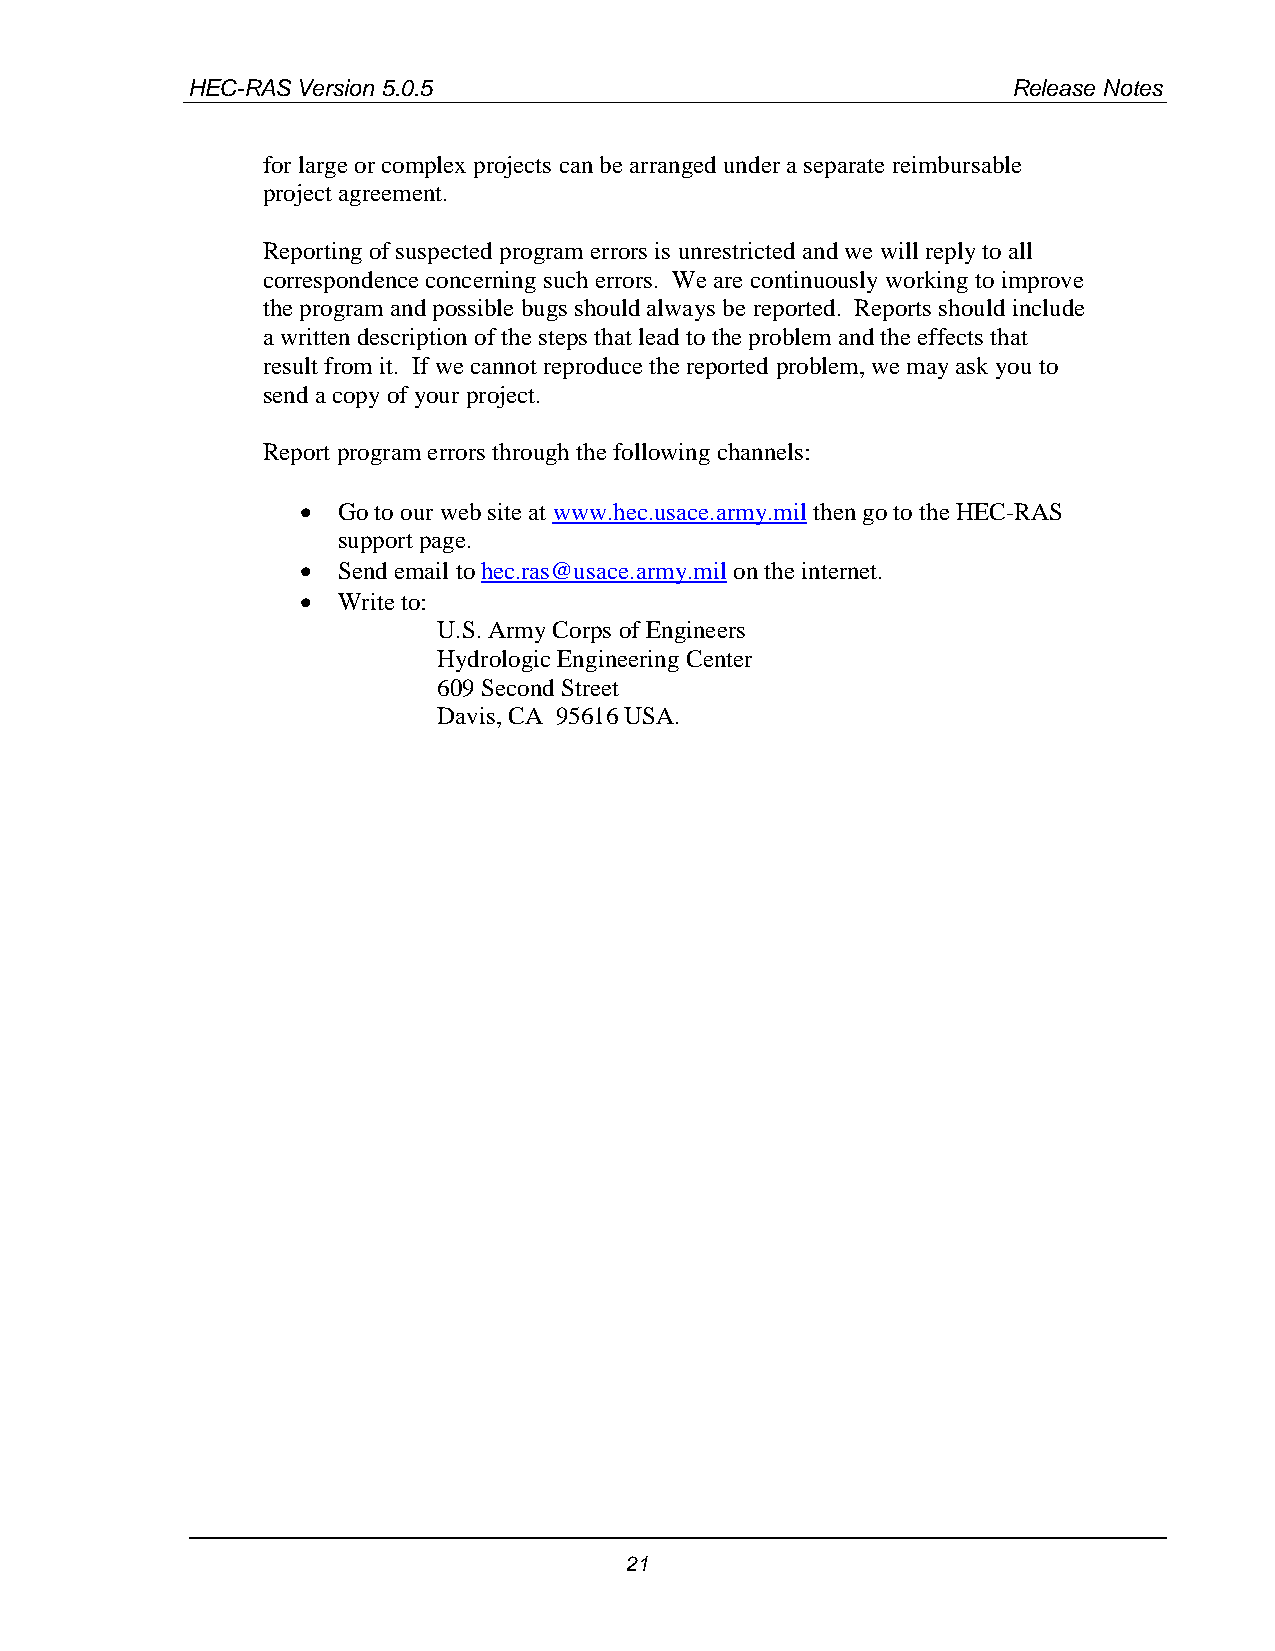
HEC-RAS Version 5.0.5                                  Release Notes
 for large or complex projects can be arranged under a separate reimbursable
 project agreement.
 Reporting of suspected program errors is unrestricted and we will reply to all
 correspondence concerning such errors. We are continuously working to improve
 the program and possible bugs should always be reported. Reports should include
 a written description of the steps that lead to the problem and the effects that
 result from it. If we cannot reproduce the reported problem, we may ask you to
 send a copy of your project.
 Report program errors through the following channels:
 • Go to our web site at www.hec.usace.army.mil then go to the HEC-RAS
 support page.
 • Send email to hec.ras@usace.army.mil on the internet.
 • Write to:
 U.S. Army Corps of Engineers
 Hydrologic Engineering Center
 609 Second Street
 Davis, CA 95616 USA.
 21